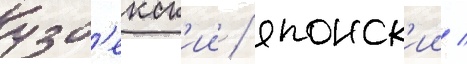
узб'екск'ии / японск'ии /